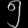
Digit: ၅